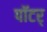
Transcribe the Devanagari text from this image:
पॉटर्